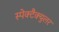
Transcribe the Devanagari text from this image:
स्पेक्टैक्युलर